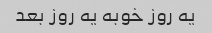
یه روز خوبه یه روز بعد